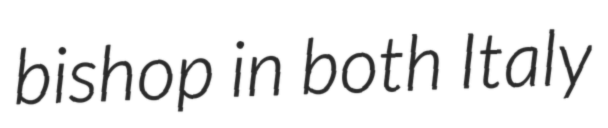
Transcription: bishop in both Italy